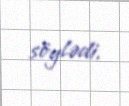
söylədi.